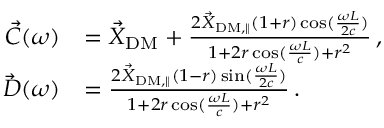
\begin{array} { r l } { \vec { C } ( \omega ) } & { = \vec { X } _ { \mathrm { D M } } + \frac { 2 \vec { X } _ { \mathrm { D M , \parallel } } ( 1 + r ) \cos ( \frac { \omega L } { 2 c } ) } { 1 + 2 r \cos ( \frac { \omega L } { c } ) + r ^ { 2 } } \, , } \\ { \vec { D } ( \omega ) } & { = \frac { 2 \vec { X } _ { \mathrm { D M , \parallel } } ( 1 - r ) \sin ( \frac { \omega L } { 2 c } ) } { 1 + 2 r \cos ( \frac { \omega L } { c } ) + r ^ { 2 } } \, . } \end{array}